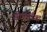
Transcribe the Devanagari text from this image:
सीमातंक